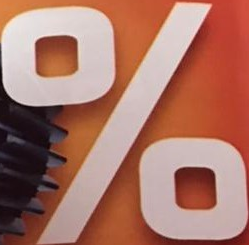
%